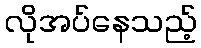
လိုအပ်နေသည့်